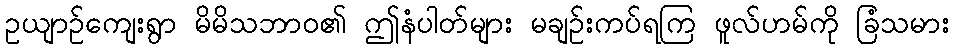
ဥယျာဉ်ကျေးရွာ မိမိသဘာဝ၏ ဤနံပါတ်များ မချဉ်းကပ်ရကြ ဖူလ်ဟမ်ကို ခြံသမား